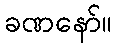
ခဏနော်။